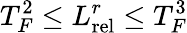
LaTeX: T_{F}^{2}\leq L_{\mathrm{rel}}^{r}\leq T_{F}^{3}